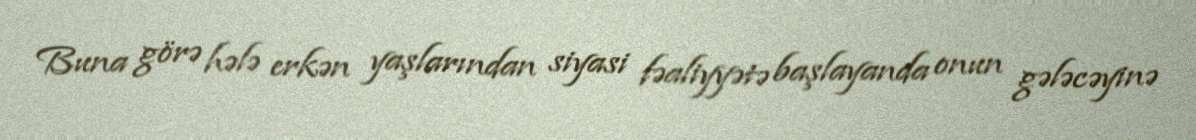
Buna görə hələ erkən yaşlarından siyasi fəaliyyətə başlayanda onun gələcəyinə